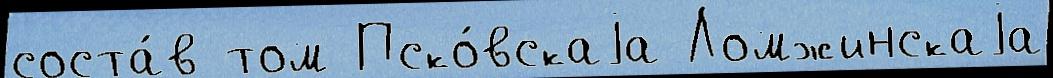
соста́в том Пско́вскаjа Ломжинскаjа